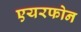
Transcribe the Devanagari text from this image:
एयरफोन